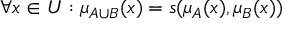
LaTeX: \forall x \in { U } : \mu _ { A \cup { B } } ( x ) = s ( \mu _ { A } ( x ) , \mu _ { B } ( x ) )